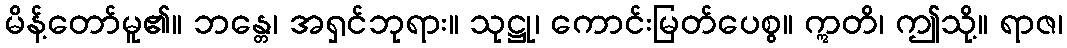
မိန့်တော်မူ၏။ ဘန္တေ၊ အရှင်ဘုရား။ သုဋ္ဌု၊ ကောင်းမြတ်ပေစွ။ ဣတိ၊ ဤသို့။ ရာဇ၊